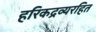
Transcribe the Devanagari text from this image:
हरिकद्रव्यरहित